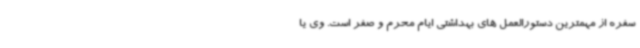
سفره از مهمترین دستورالعمل های بهداشتی ایام محرم و صفر است. وی یا